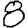
Digit: 8